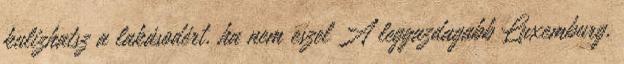
kulizhatsz a lakásodért, ha nem eszel A leggazdagabb Luxemburg,